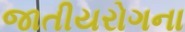
જાતીયરોગના